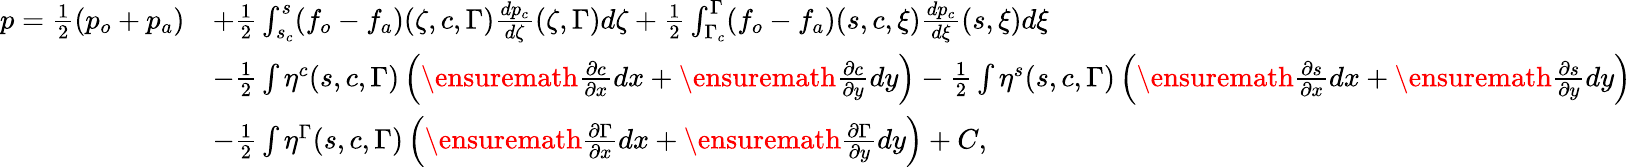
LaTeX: \begin{array}{rl}{p=\frac{1}{2}(p_{o}+p_{a})}&{+\frac{1}{2}\int_{s_{c}}^{s}(f_{o}-f_{a})(\zeta,c,\Gamma)\frac{dp_{c}}{d\zeta}(\zeta,\Gamma)d\zeta+\frac{1}{2}\int_{\Gamma_{c}}^{\Gamma}(f_{o}-f_{a})(s,c,\xi)\frac{dp_{c}}{d\xi}(s,\xi)d\xi}\\ &{-\frac{1}{2}\int\eta^{c}(s,c,\Gamma)\left(\ensuremath{\frac{\partial c}{\partial x}}dx+\ensuremath{\frac{\partial c}{\partial y}}dy\right)-\frac{1}{2}\int\eta^{s}(s,c,\Gamma)\left(\ensuremath{\frac{\partial s}{\partial x}}dx+\ensuremath{\frac{\partial s}{\partial y}}dy\right)}\\ &{-\frac{1}{2}\int\eta^{\Gamma}(s,c,\Gamma)\left(\ensuremath{\frac{\partial\Gamma}{\partial x}}dx+\ensuremath{\frac{\partial\Gamma}{\partial y}}dy\right)+C,}\end{array}